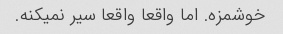
خوشمزه. اما واقعا واقعا سیر نمیکنه.